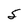
Character: 5